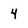
Character: 4